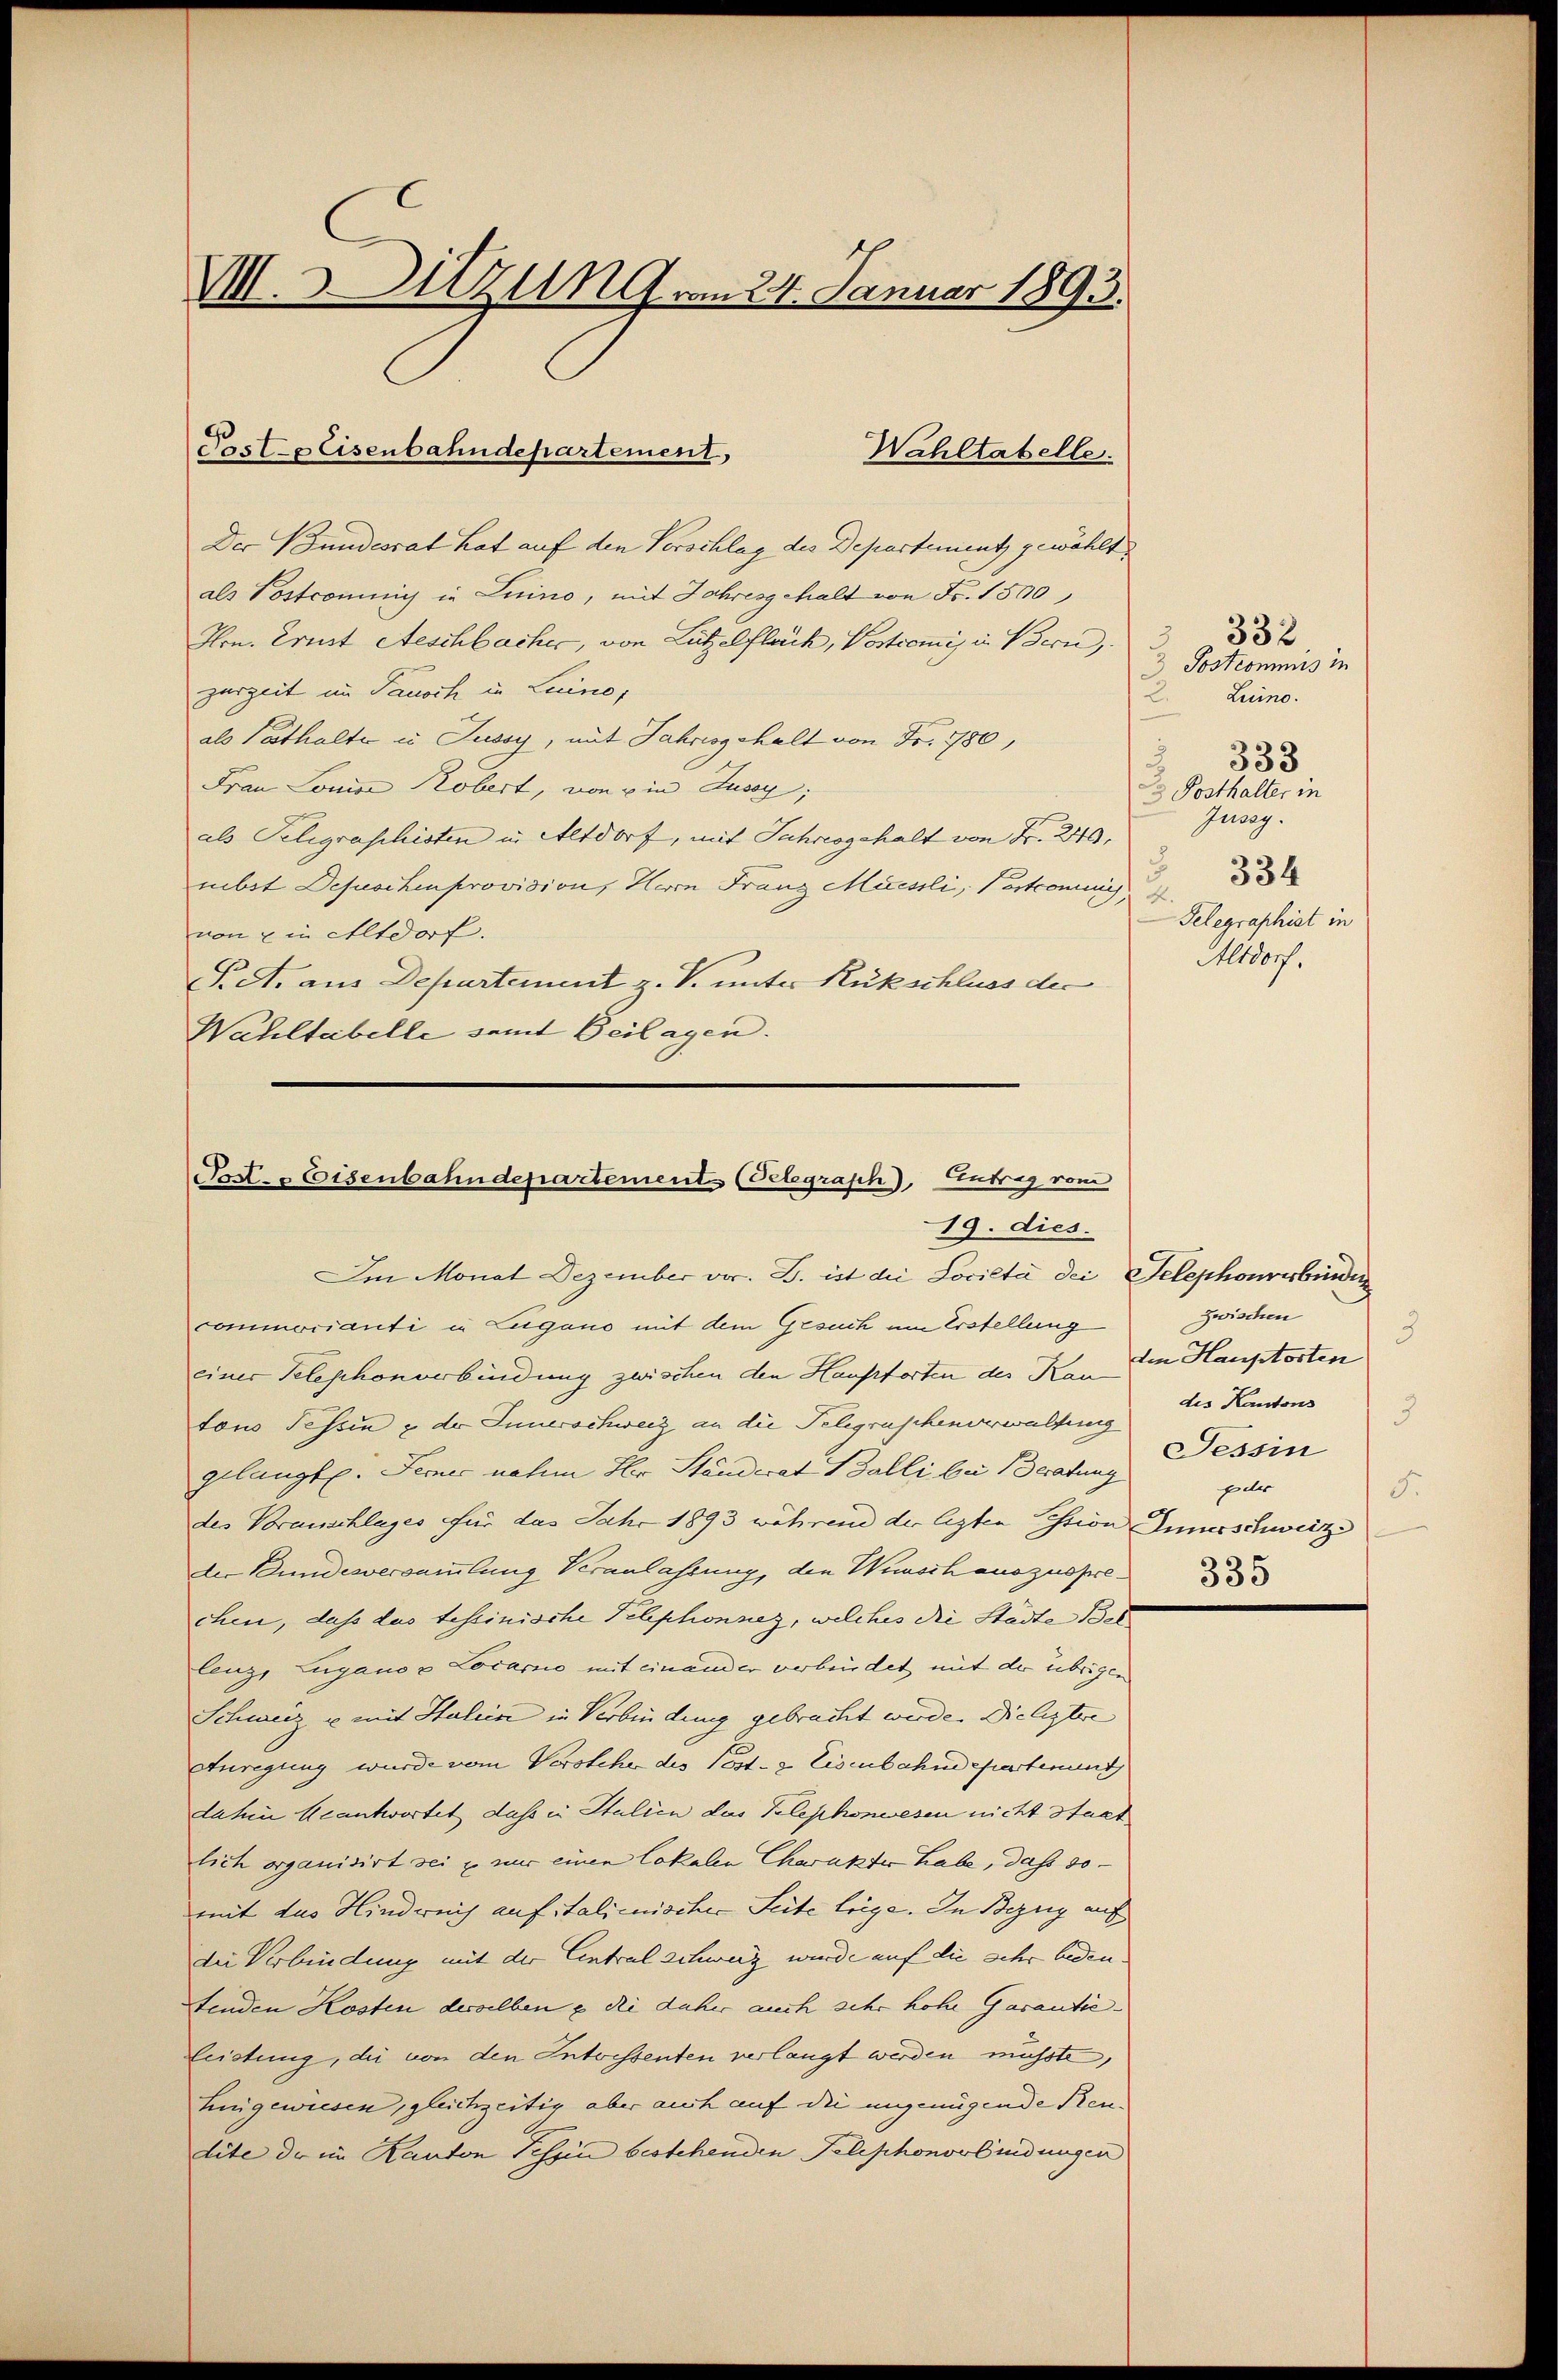
VI. 3. Urzung vom 24. Januar 1893.

Der Bundesrat hat auf den Vorschlag des Departement gewählt
als Postcommig in Luino, mit Jahresgehalt von Fr. 1500
Hrn. Ernst Aeschbacher, von Lützelfläch, Postcomis in Bern, Gestermis in
zerzeit im Pausch in Luino,
2.
als Cathalte u Tussy, mit Jahresgehalt von Fr. 780,
Frau Louise Kobert, von ein Aussy;
als Telegraschisten in Altdorf, mit Jahresgehalt von Fr. 240,
mbst Depeschen provision, Herrn Franz Müssli, Patronung
von u in Altdorf.
P. A. aus Departement z. V. unter Rückschluss der
Waultabelle samt Beilagen.

Post. Eisenbahndepartement,
Wahltabelle.

Post. Eisenbahndepartements (Telegrasch), Antrag vom
19. dies.

332
Luino.
3. Posthalter in
Jussy.
334
Telegraphist in
Altdorf.

Im Monat Dezember vor. B. ist die Società dei Telephonverbinden
commorianti in Zugano mit dem Gesuch um Erstellung
einer Telephonverbindung zwischen den Hauptorten der Kan der Hauptorten
tons Tessin & der Innerschweiz an die Telegraschenverwaltung
gelangte. Ferner nahm Ihr Standerat Balli bei Beratung Tessin
des Voranschlages für das Jahr 1893 während der lezten istion Innerschweiz
der Bundesversammlung Veranlassung, den Wunsch auszusprechen, dass das tessinische Telephonnez, welches die Städte Bel
lenz, Zugano v Locarno mit einander verbindet mit der übrigen
Schweiz u. mit Italien in Verbindung gebracht werde. Die leztere
Auregung wurde vom Vorsteher des Post- & Eisenbahndepartenunt
dahin beantwortet dass in Italien das Telephonwesen nicht Staat
lich organisirt sei & wir einen lokalen Charakter habe, dass so-
mit des Hindruch auf italienischer Seite liege. In Bezug auf
die Verbindung mit der Eintral schweiz wurde auf die sehr bedeu
tenden Kosten desselben & die daher auch sehr hohe Garantie-
Leistung, die von den Interstenten verlangt werden müsste,
hingewiesen, gleichzeitig aber auch auf die ungenügende Preudite der im Kanton Tessin bestehenden Telephonorbindungen

333

Zwischen
3
des Kantons
3
peler
5
335